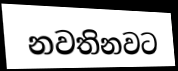
නවතිනවට